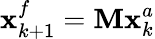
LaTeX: \mathbf{x}_{k+1}^{f}=\mathbf{M}\mathbf{x}_{k}^{a}